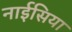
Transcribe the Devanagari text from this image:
नाईसिया